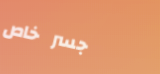
جسر خاص